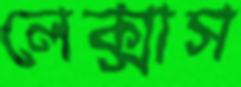
লেক্সাস